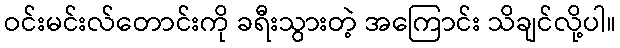
ဝင်းမင်းလ်တောင်းကို ခရီးသွားတဲ့ အကြောင်း သိချင်လို့ပါ။